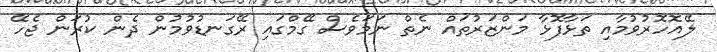
ލޭއޮހޮރުވުމާއި ތަޅާފޮޅާ މަންޒަރުތައް ނެތް ނަމަވެސް ގޭމްގައި ރޭގަނޑުވުމުން ދެން ކުރަން ޖެހޭ